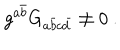
LaTeX: g ^ { a { \bar { b } } } G _ { a { \bar { b } } c { \bar { d } } } \ne 0 \ .